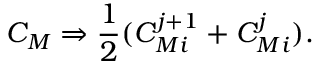
C _ { M } \Rightarrow { \frac { 1 } { 2 } } ( C _ { M i } ^ { j + 1 } + C _ { M i } ^ { j } ) .